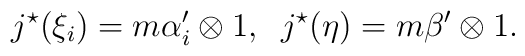
j^{\star}(\xi_{i})=m\alpha '_{i}\otimes 1,\; \; j^{\star}(\eta)=m\beta '\otimes 1.